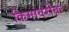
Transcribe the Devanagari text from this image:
किमावरीवः